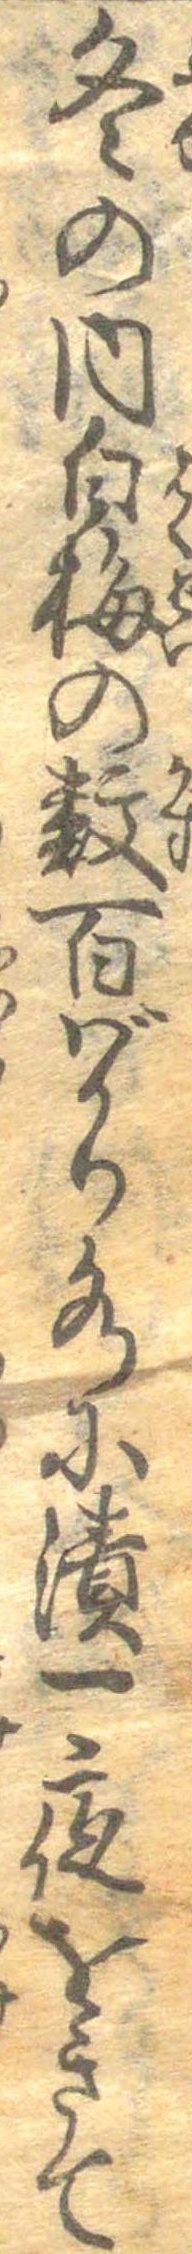
冬の内白梅の数百ばかり水に漬一夜をきて